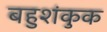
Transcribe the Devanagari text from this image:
बहुशंकुक